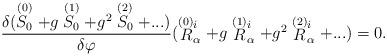
LaTeX: \begin{align*}{\delta(\stackrel{(0)}{S_0} + g \stackrel{(1)}{S_0} +g^2 \stackrel{(2)}{S_0} + ...)\over\delta\varphi}(\stackrel{\smash{(0)}}{R}^i_\alpha+ g \stackrel{\smash{(1)}}{R}^i_\alpha + g^2 \stackrel{\smash{(2)}}{R}^i_\alpha + ...)=0 .\end{align*}